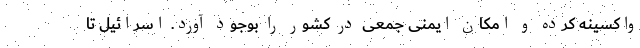
واکسینه کرده و امکان ایمنی جمعی در کشور را بوجود آورد. اسرائیل تا